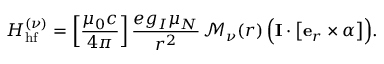
H _ { \mathrm { h f } } ^ { ( \nu ) } = \left[ \frac { \mu _ { 0 } c } { 4 \pi } \right] \frac { e g _ { I } \mu _ { N } } { r ^ { 2 } } \, \mathcal { M } _ { \nu } ( r ) \, \Big ( \mathbf { I } \cdot \big [ \mathbf { e } _ { r } \times \boldsymbol \alpha \big ] \Big ) .